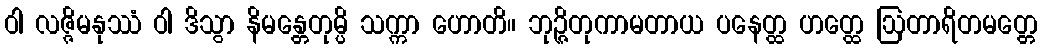
ဝါ လဇ္ဇိမနုဿံ ဝါ ဒိသွာ နိမန္တေတုမ္ပိ သက္ကာ ဟောတိ။ ဘုဉ္ဇိတုကာမတာယ ပနေတ္ထ ဟတ္ထေ ဩတာရိတမတ္တေ